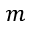
m